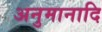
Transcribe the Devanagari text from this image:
अनुमानादि